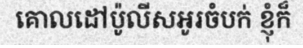
គោលដៅប៉ូលីសអូរចំបក់ ខ្ញុំក៏